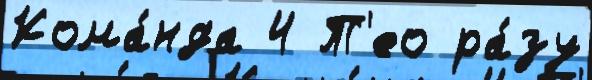
Кома́нда 4 Т'ео ра́зу